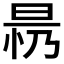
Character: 𱢀